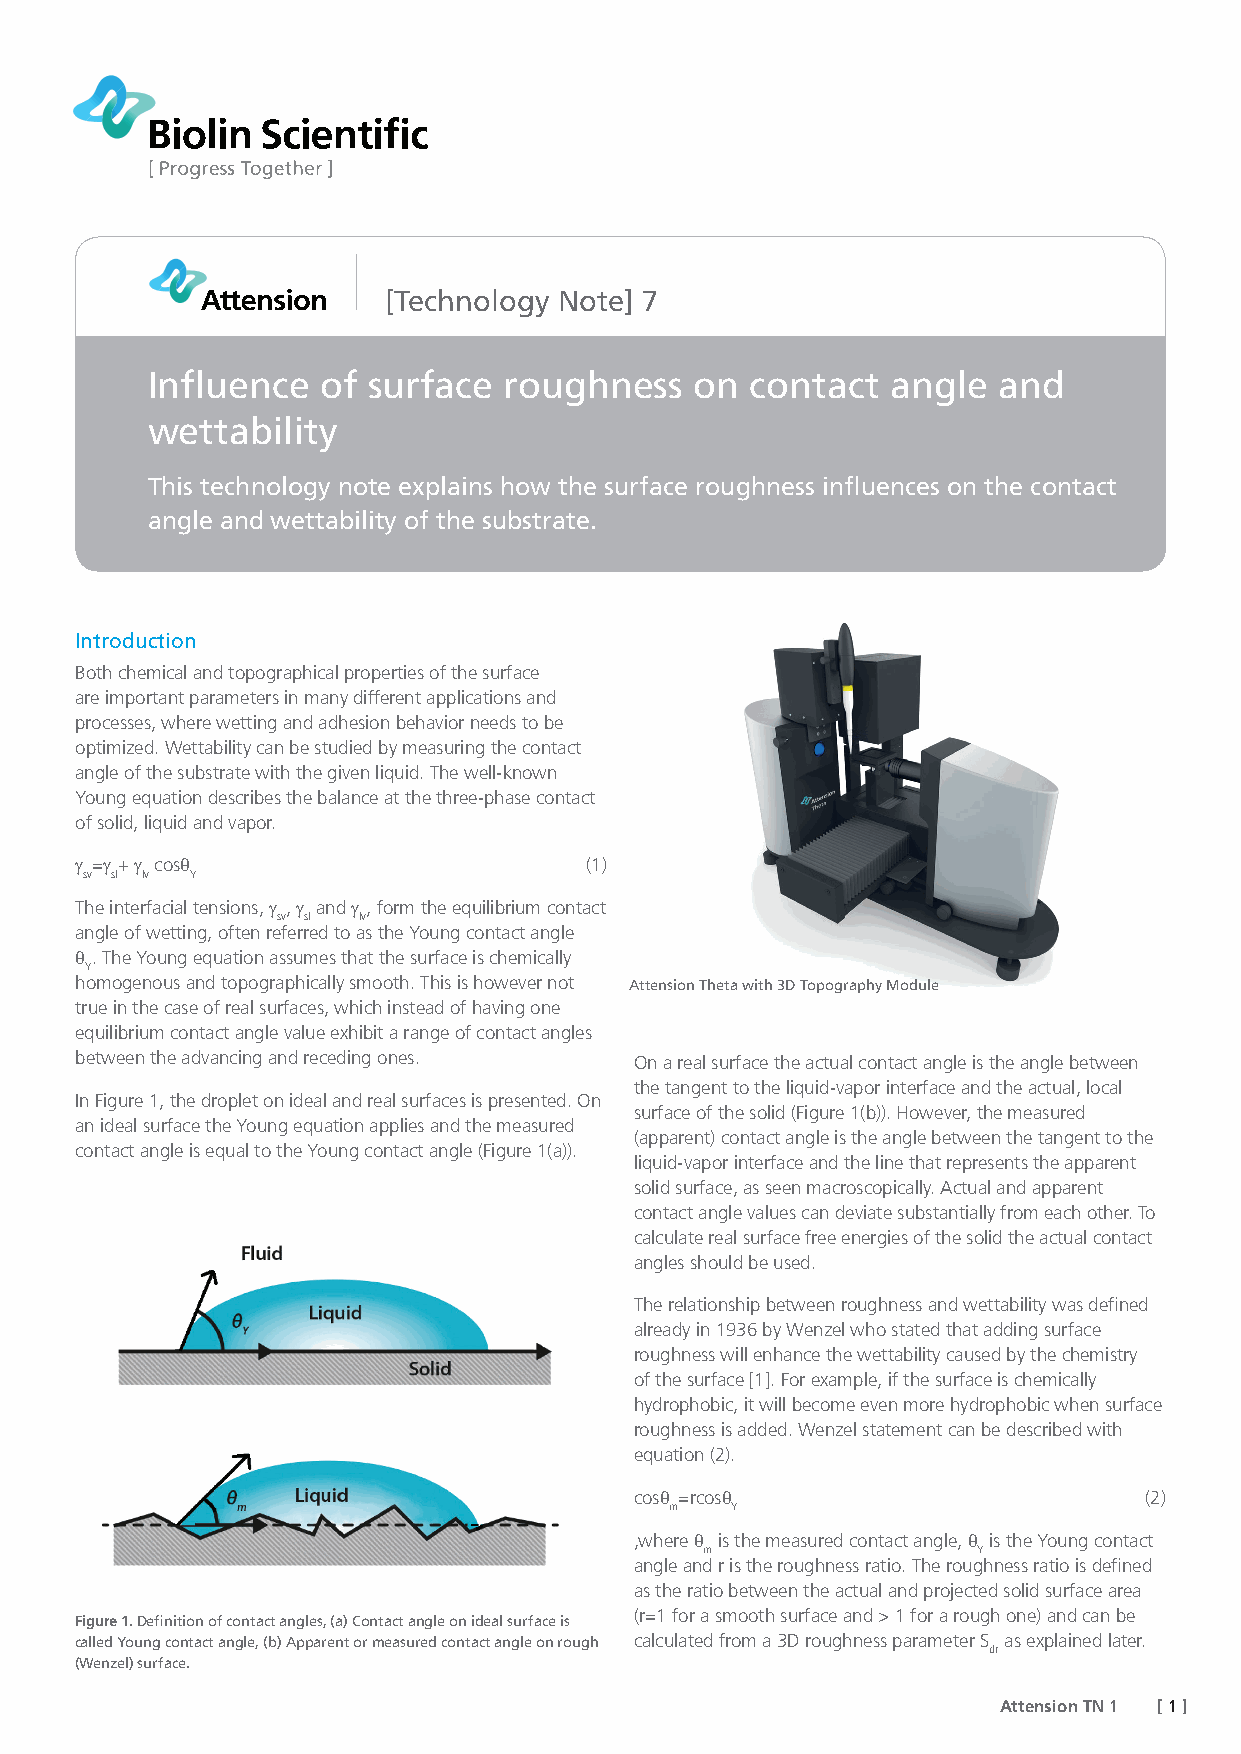
[Technology Note] 7
 Influence  of surface  roughness    on  contact  angle  and
 wettability
 This technology note explains how the surface roughness influences on the contact
 angle and wettability of the substrate.
 Introduction
 Both chemical and topographical properties of the surface
 are important parameters in many different applications and
 processes, where wetting and adhesion behavior needs to be
 optimized. Wettability can be studied by measuring the contact
 angle of the substrate with the given liquid. The well-known
 Young equation describes the balance at the three-phase contact
 of solid, liquid and vapor.
 γ =γ + γ cosθ                     (1)
 sv sl lv Y
 The interfacial tensions, γ , γ and γ , form the equilibrium contact
 sv sl lv
 angle of wetting, often referred to as the Young contact angle
 θ . The Young equation assumes that the surface is chemically
 Y
 homogenous and topographically smooth. This is however not Attension Theta with 3D Topography Module
 true in the case of real surfaces, which instead of having one
 equilibrium contact angle value exhibit a range of contact angles
 between the advancing and receding ones. On a real surface the actual contact angle is the angle between
 the tangent to the liquid-vapor interface and the actual, local
 In Figure 1, the droplet on ideal and real surfaces is presented. On
 surface of the solid (Figure 1(b)). However, the measured
 an ideal surface the Young equation applies and the measured
 (apparent) contact angle is the angle between the tangent to the
 contact angle is equal to the Young contact angle (Figure 1(a)).
 liquid-vapor interface and the line that represents the apparent
 solid surface, as seen macroscopically. Actual and apparent
 contact angle values can deviate substantially from each other. To
 calculate real surface free energies of the solid the actual contact
 angles should be used.
 The relationship between roughness and wettability was defined
 already in 1936 by Wenzel who stated that adding surface
 roughness will enhance the wettability caused by the chemistry
 of the surface [1]. For example, if the surface is chemically
 hydrophobic, it will become even more hydrophobic when surface
 roughness is added. Wenzel statement can be described with
 equation (2).
 cosθ =rcosθ                       (2)
 m   Y
 ,where θ is the measured contact angle, θ is the Young contact
 m                 Y
 angle and r is the roughness ratio. The roughness ratio is defined
 as the ratio between the actual and projected solid surface area
 (r=1 for a smooth surface and > 1 for a rough one) and can be
 Figure 1. Definition of contact angles, (a) Contact angle on ideal surface is
 called Young contact angle, (b) Apparent or measured contact angle on rough calculated from a 3D roughness parameter S as explained later.
 dr
 (Wenzel) surface.
 Attension TN 1 [ 1 ]